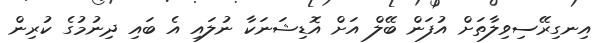
އިނގިރޭސިވިލާތަށް އުފަން ބޭލް އަށް އޮޑިޝަނަކާ ނުލައި އެ ބައި ދިނުމުގެ ކުރިން